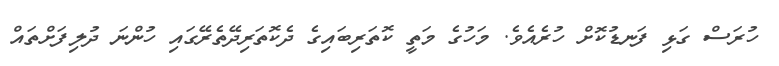
ހުރަސް ގަޅި ފަނޑުކޮށް ހުރެއެވެ. މަހުގެ މަތީ ކޮތަރިބައިގެ ދެކޮތަރިދޭތެރޭގައި ހުންނަ ދުލިފަށްތައް